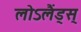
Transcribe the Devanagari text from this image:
लोऽलैंड्स्